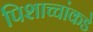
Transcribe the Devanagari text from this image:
पिशाच्चांकडे